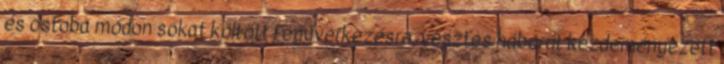
és ostoba módon sokat költött fegyverkezésre, vesztes háborút kezdeményezett